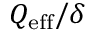
Q _ { \mathrm { e f f } } / \delta